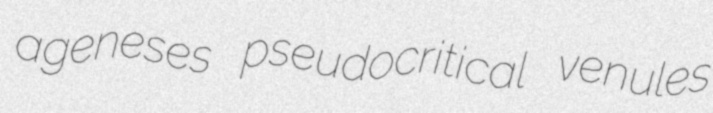
ageneses pseudocritical venules